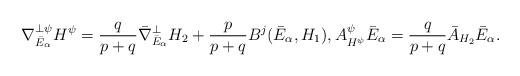
LaTeX: \begin{align*}\nabla_{\bar E_{\alpha}}^{\perp\psi}H^{\psi}=\frac{q}{p+q}\bar\nabla^{\perp}_{\bar E_{\alpha}}H_2+\frac{p}{p+q}B^j(\bar E_{\alpha},H_1),A^{\psi}_{H^{\psi}}\bar E_{\alpha}=\frac{q}{p+q}\bar A_{H_2}\bar E_{\alpha}.\end{align*}